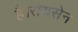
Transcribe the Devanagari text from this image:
है।रायसेन